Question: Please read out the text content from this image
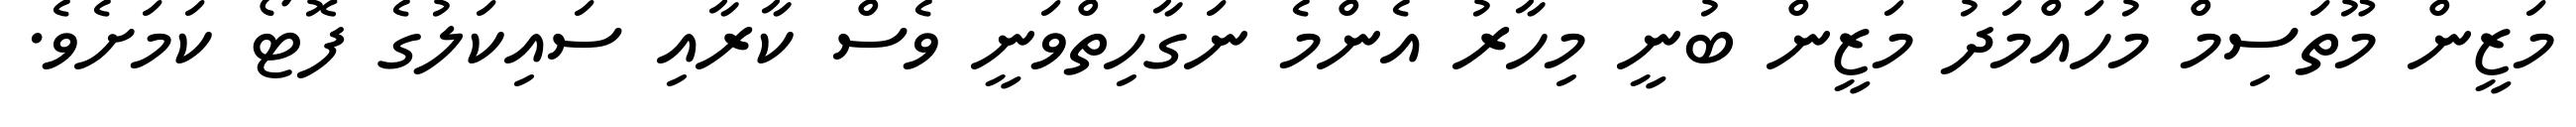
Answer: މަޒީން މޫތަސިމް މުހައްމަދު މަޒީން ބުނީ މިހާރު އެންމެ ނަގާހިތްވަނީ ވެސް ކާރާއި ސައިކަލުގެ ފޮޓޯ ކަމަށެވެ.